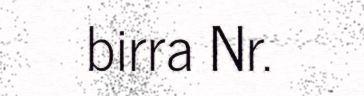
birra Nr.